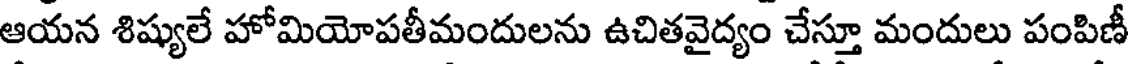
ఆయన శిష్యులే హోమియోపతీమందులను ఉచితవైద్యం చేస్తూ మందులు పంపిణీ